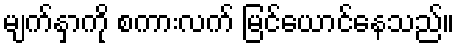
မျက်နှာကို စကားလက် မြင်ယောင်နေသည်။